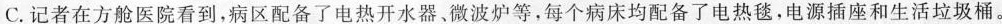
C.记者在方舱医院看到，病区配备了电热开水器。微波炉等，每个病床均配备了电热毯，电源插座和生活垃圾桶。